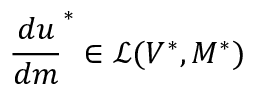
\frac { d u } { d m } ^ { * } \in \mathcal { L } ( V ^ { * } , M ^ { * } )